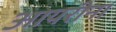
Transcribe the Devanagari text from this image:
आयरीना